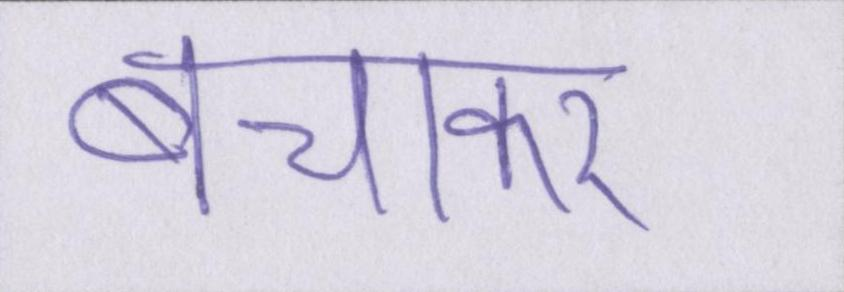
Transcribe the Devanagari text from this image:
बचाकर